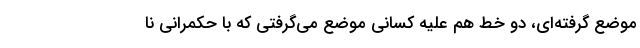
موضع گرفته‌ای، دو خط هم علیه کسانی موضع می‌گرفتی که با حکمرانی نا